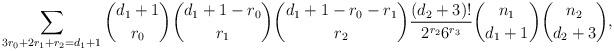
LaTeX: \begin{align*}\sum_{3r_0+2r_1+r_2=d_1+1} {d_1+1 \choose r_0} {d_1+1-r_0 \choose r_1} {d_1+1-r_0-r_1 \choose r_2} \frac{(d_2+3)!}{2^{r_2}6^{r_3}} {n_1 \choose d_1+1} {n_2 \choose d_2+3}, \end{align*}